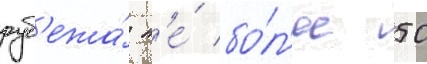
руб'ежа́ н'е́ бо́л'ее 50